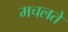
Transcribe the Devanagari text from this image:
मचलते